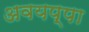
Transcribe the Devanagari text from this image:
अवयप्पा